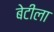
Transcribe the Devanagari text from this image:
बेटीला